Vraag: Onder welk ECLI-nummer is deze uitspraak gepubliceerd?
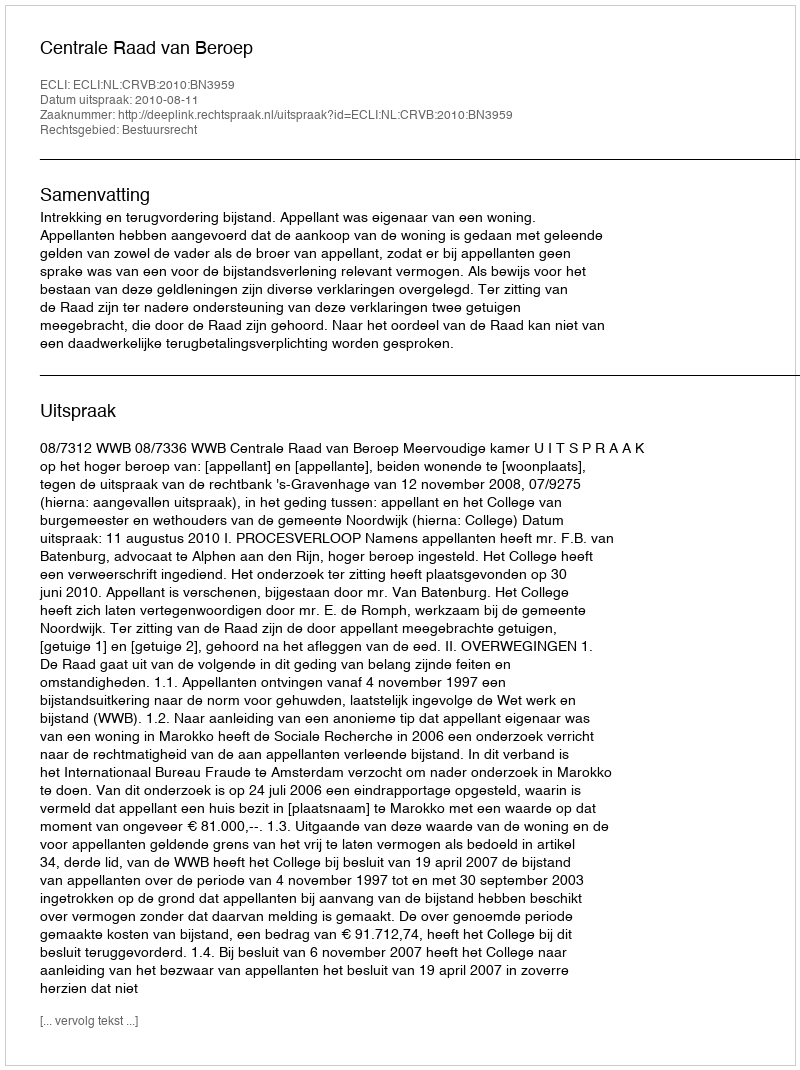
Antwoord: ECLI:NL:CRVB:2010:BN3959